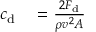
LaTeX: \begin{array} { r l } { c _ { \mathrm { d } } } & { { } = { \frac { 2 F _ { \mathrm { d } } } { \rho v ^ { 2 } A } } } \end{array}